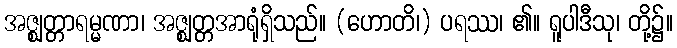
အဇ္ဈတ္တာရမ္မဏာ၊ အဇ္ဈတ္တအာရုံရှိသည်။ (ဟောတိ၊) ပရဿ၊ ၏။ ရူပါဒီသု၊ တို့၌။